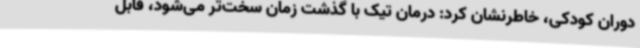
دوران کودکی، خاطرنشان کرد: درمان تیک با گذشت زمان سخت‌تر می‌شود، قابل